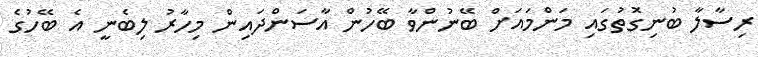
ރިސާލާ ބުނިގޮތުގައި މަންމައަށް ބޭނުންވާ ބޭހުން އާސަންދައިން މިހާރު ލިބެނީ އެ ބޭހުގެ